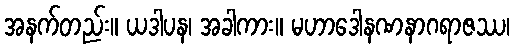
အနက်တည်း။ ယဒါပန၊ အခါကား။ မဟာဒေါနဏနာဂရာဇဿ၊